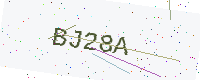
Text: BJ28A